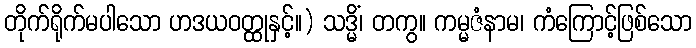
တိုက်ရိုက်မပါသော ဟဒယဝတ္ထုနှင့်။) သဒ္မိံ၊ တကွ။ ကမ္မဇံနာမ၊ ကံကြောင့်ဖြစ်သော